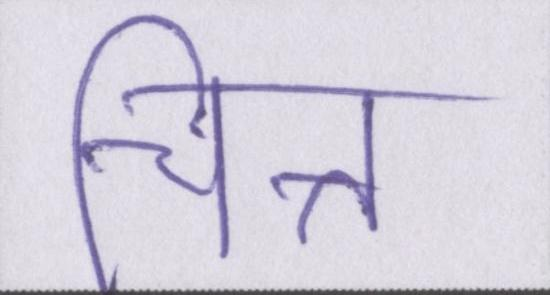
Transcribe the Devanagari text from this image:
चित्त